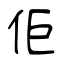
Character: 佢